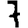
Digit: 7